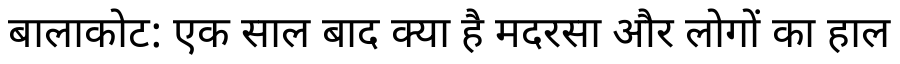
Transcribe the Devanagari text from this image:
बालाकोट: एक साल बाद क्या है मदरसा और लोगों का हाल